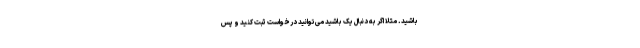
باشید. مثلا اگر به دنبال یک باشید می‌توانید درخواست ثبت کنید و پس